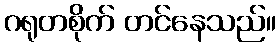
ဂရုတစိုက် တင်နေသည်။